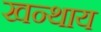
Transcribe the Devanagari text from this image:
खन्थाय